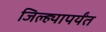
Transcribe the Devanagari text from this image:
जिल्ह्यापर्यंत